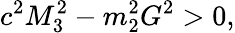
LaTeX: c^{2}M_{3}^{2}-m_{2}^{2}G^{2}>0,